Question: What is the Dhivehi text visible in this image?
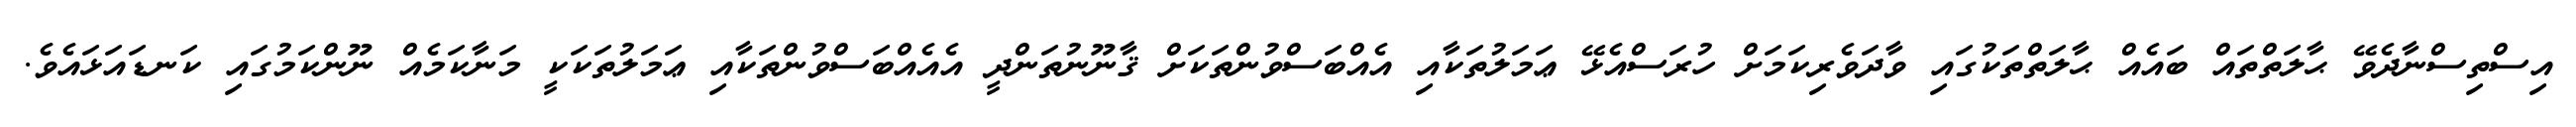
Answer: އިސްތިސްނާދެވޭ ޙާލަތްތައް ބައެއް ޙާލަތްތަކުގައި ވާދަވެރިކަމަށް ހުރަސްއެޅޭ ޢަމަލުތަކާއި އެއްބަސްވުންތަކަށް ޤާނޫނުތަންދީ އެއެއްބަސްވުންތަކާއި ޢަމަލުތަކަކީ މަނާކަމެއް ނޫންކަމުގައި ކަނޑައަޅައެވެ.